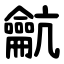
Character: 䶳